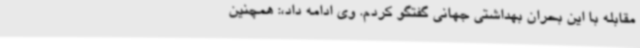
مقابله با این بحران بهداشتی جهانی گفتگو کردم. وی ادامه داد،: همچنین